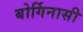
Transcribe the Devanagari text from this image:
बोर्गिनासी